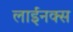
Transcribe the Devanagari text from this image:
लाईनक्स